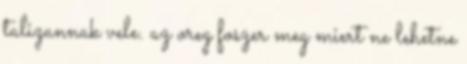
talizannak vele. az oreg foszer meg miert ne lehetne